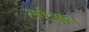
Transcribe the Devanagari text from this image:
सर्पज्ञान